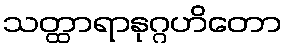
သတ္ထာရာနုဂ္ဂဟိတော